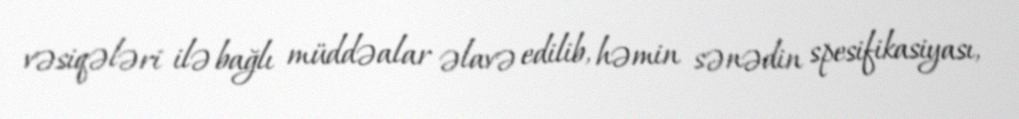
vəsiqələri ilə bağlı müddəalar əlavə edilib, həmin sənədin spesifikasiyası,